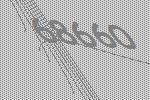
68660